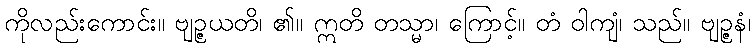
ကိုလည်းကောင်း။ ဗျဉ္ဇယတိ၊ ၏။ ဣတိ တသ္မာ၊ ကြောင့်။ တံ ဝါကျံ၊ သည်။ ဗျဉ္ဇနံ၊